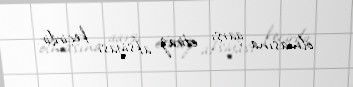
olmasına qarşı etiraz aksiyası keçirilir.